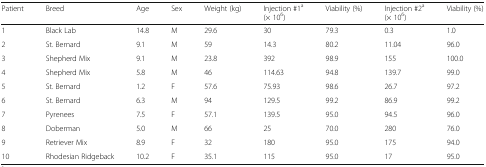
<table><thead><tr><td><b>Patient</b></td><td><b>Breed</b></td><td><b>Age</b></td><td><b>Sex</b></td><td><b>Weight (kg)</b></td><td><b>Injection #1<sup>a</sup>(× 10<sup>6</sup>)</b></td><td><b>Viability (%)</b></td><td><b>Injection #2<sup>a</sup>(× 10<sup>6</sup>)</b></td><td><b>Viability (%)</b></td></tr></thead><tbody><tr><td>1</td><td>Black Lab</td><td>14.8</td><td>M</td><td>29.6</td><td>30</td><td>79.3</td><td>0.3</td><td>1.0</td></tr><tr><td>2</td><td>St. Bernard</td><td>9.1</td><td>M</td><td>59</td><td>14.3</td><td>80.2</td><td>11.04</td><td>96.0</td></tr><tr><td>3</td><td>Shepherd Mix</td><td>9.1</td><td>M</td><td>23.8</td><td>392</td><td>98.9</td><td>155</td><td>100.0</td></tr><tr><td>4</td><td>Shepherd Mix</td><td>5.8</td><td>M</td><td>46</td><td>114.63</td><td>94.8</td><td>139.7</td><td>99.0</td></tr><tr><td>5</td><td>St. Bernard</td><td>1.2</td><td>F</td><td>57.6</td><td>75.93</td><td>98.6</td><td>26.7</td><td>97.2</td></tr><tr><td>6</td><td>St. Bernard</td><td>6.3</td><td>M</td><td>94</td><td>129.5</td><td>99.2</td><td>86.9</td><td>99.2</td></tr><tr><td>7</td><td>Pyrenees</td><td>7.5</td><td>F</td><td>57.1</td><td>139.5</td><td>95.0</td><td>94.5</td><td>96.0</td></tr><tr><td>8</td><td>Doberman</td><td>5.0</td><td>M</td><td>66</td><td>25</td><td>70.0</td><td>280</td><td>76.0</td></tr><tr><td>9</td><td>Retriever Mix</td><td>8.9</td><td>F</td><td>32</td><td>180</td><td>95.0</td><td>175</td><td>94.0</td></tr><tr><td>10</td><td>Rhodesian Ridgeback</td><td>10.2</td><td>F</td><td>35.1</td><td>115</td><td>95.0</td><td>17</td><td>95.0</td></tr></tbody></table>